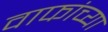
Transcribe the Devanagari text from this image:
वाफांच्या